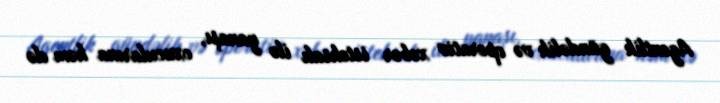
Agentlik gündəlik və operativ xəbər istehsalı ilə yanaşı, oxucularına həm də